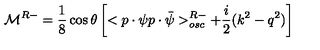
{ \cal M } ^ { R - } = \frac 1 8 \cos \theta \left[ < p \cdot \psi p \cdot \bar { \psi } > _ { o s c } ^ { R - } + \frac i 2 ( k ^ { 2 } - q ^ { 2 } ) \right]